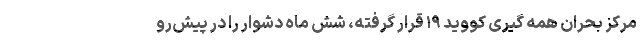
مرکز بحران همه گیری کووید ۱۹ قرار گرفته، شش ماه دشوار را در پیش‌رو